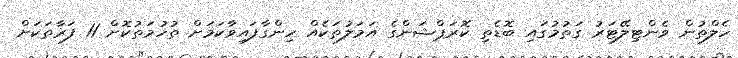
ހެލްތުން ވެންޓިލޭޓަރު ގަތުމުގައި ބޮޑެތި ކޮރަޕްޝަންގެ އަމަލުތަކެއް ހިންގާފައިވާކަމަށް ތުހުމަތުކޮށް 11 ފަރާތަކަށް